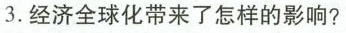
3.经济全球化带来了怎样的影响?